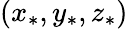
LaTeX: \left(x_{\ast},y_{\ast},z_{\ast}\right)